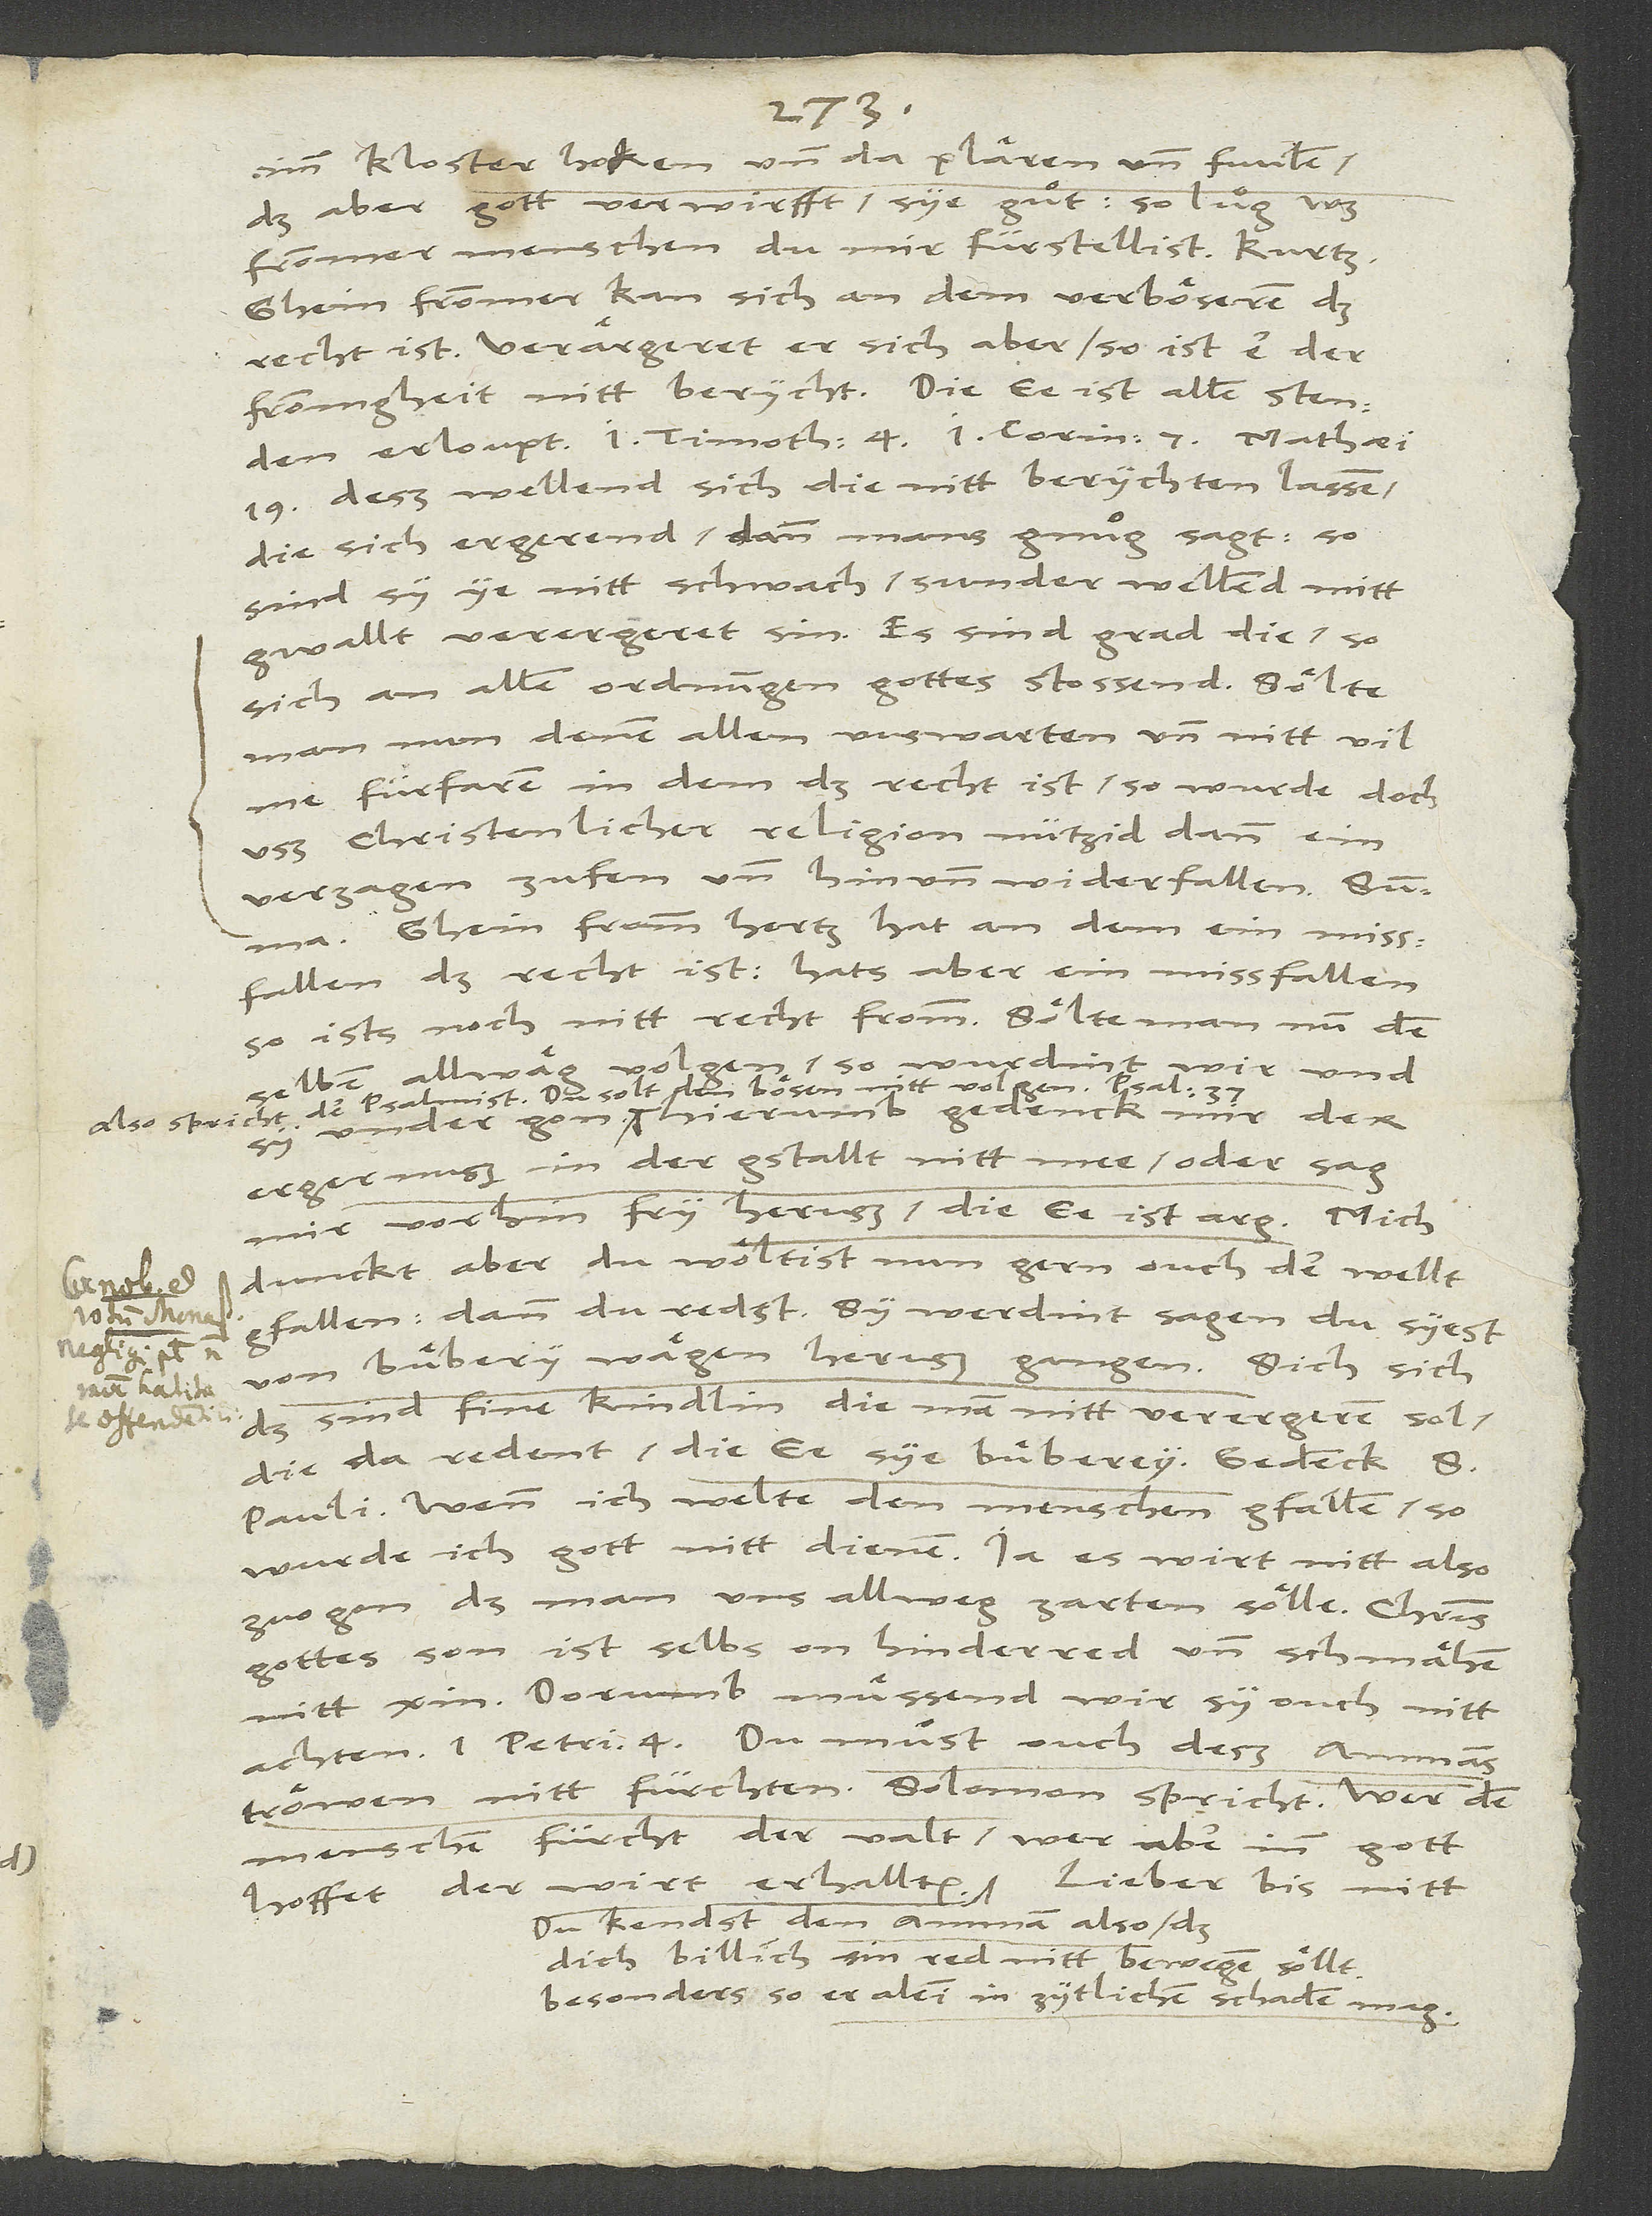
imm kloster hocken und da plären und fuulen,
das aber gott verwirft, sye guͤt. So lug, was
frommer menschen du mir fürstellist! Kurtz:
ghein frommer kan sich an dem verböseren, das
recht ist. Verärgeret er sich aber, so ist er der
Hierumb gedenck mir der
ergernuß in der gstallt nitt mee, oder sag
mir vorhin fry heruß: die ee ist arg. Mich
dunckt aber, du wöltist nun gern ouch der wellt
gfallen, dann du redst, sy werdint sagen, du syest
von buͤbery wägen heruß gangen. Sich, sich,
das sind fine kindlin, die man nitt verergeren sol,
die da redent, die ee sye buͤberey! Gedenck S.
Pauli: «Wenn ich welte den menschen gfallen, so
Du kendst den amman also, daß
dich billich sin red nitt bewegen söllt,
besonders so er alein in zytlichem schaden mag.